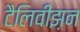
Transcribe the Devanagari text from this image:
टैलिवीझ़न